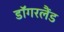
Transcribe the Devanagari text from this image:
डॉगरलैंड